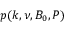
p ( k , \nu , B _ { 0 } , P )